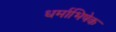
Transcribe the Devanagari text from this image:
धर्माभिषेक